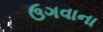
ઉગવાના